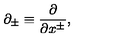
\partial _ { \pm } \equiv \frac { \partial } { \partial x ^ { \pm } } , \nonumber